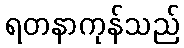
ရတနာကုန်သည်